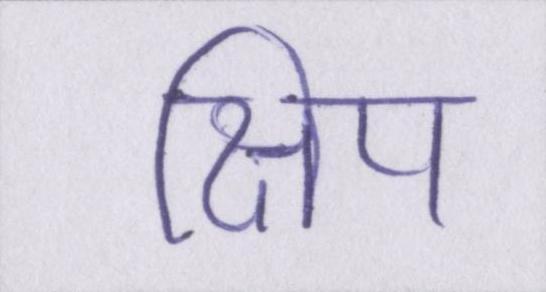
क्षिप